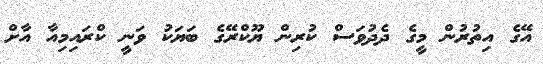
އޭގެ އިތުރުން މީގެ ދެދުވަސް ކުރިން ޔޫކްރޭގެ ބަޔަކު ވަނީ ކްރައިމިއާ އާށް